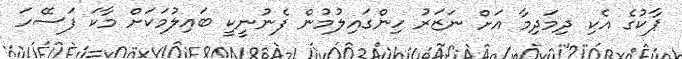
ޕާކުގެ އެކި ދިމަދިމާ އަށް ނަޒަރު ހިންގައިލުމުން ފެނުނީކީ ބައިލުމަކަށް މާކަ ފަސޭހަ